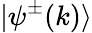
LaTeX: |\psi^{\pm}(k)\rangle